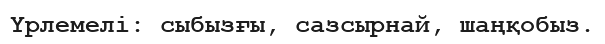
Үрлемелі: сыбызғы, сазсырнай, шаңқобыз.